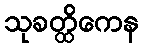
သုခတ္ထိကေန